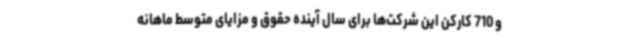
و 710 کارکن این شرکت‌ها برای سال آینده حقوق و مزایای متوسط ماهانه